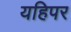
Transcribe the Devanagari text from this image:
यहिपर